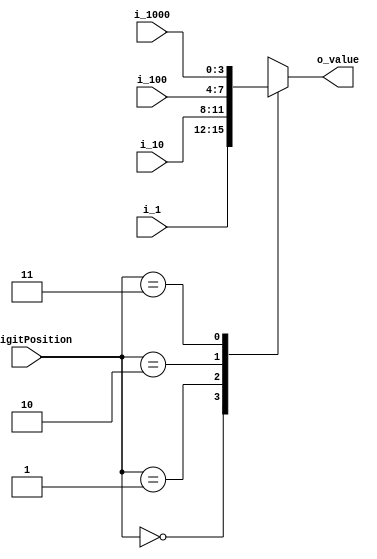
`timescale 1ns / 1ps

module MUX_4x1(
    input [3:0] i_1000, i_100, i_10, i_1,
    input [1:0] i_digitPosition,
    output [3:0] o_value
    );

    reg [3:0] r_value;
    assign o_value = r_value;

    always @(*) begin
        r_value = 4'b1111;
        case (i_digitPosition)
            2'b00 : r_value = i_1;
            2'b01 : r_value = i_10;
            2'b10 : r_value = i_100;
            2'b11 : r_value = i_1000;
        endcase
    end
endmodule